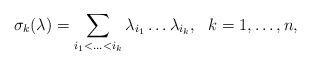
LaTeX: \begin{align*}\sigma_{k} (\lambda) = \sum_ {i_{1} < \ldots < i_{k}}\lambda_{i_{1}} \ldots \lambda_{i_{k}},\ \ k = 1, \ldots, n,\end{align*}